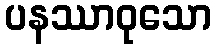
ပနဿာဝုသော